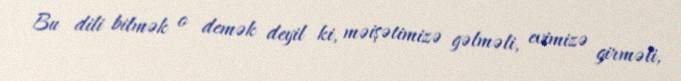
Bu dili bilmək o demək deyil ki, məişətimizə gəlməli, evimizə girməli,